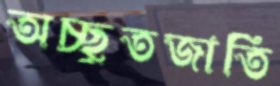
অচ্ছুতজাতি